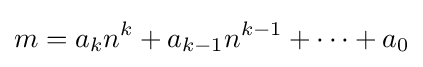
m=a_{k}n^{k}+a_{k-1}n^{k-1}+\cdots +a_{0}